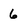
Character: 6